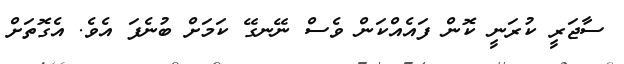
ސާޖަރީ ކުރަނީ ކޮން ފައެއްކަން ވެސް ނޭނގޭ ކަމަށް ބުނެފަ އެވެ. އެގޮތަށް